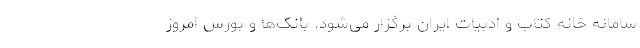
سامانه خانه کتاب و ادبیات ایران برگزار می‌شود. بانک‌ها و بورس امروز